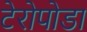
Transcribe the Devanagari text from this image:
टेरोपोडा